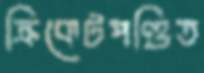
ক্রিকেটপণ্ডিত